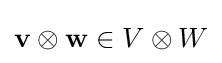
\mathbf {v} \otimes \mathbf {w} \in V\otimes W